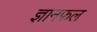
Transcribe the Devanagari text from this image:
ज्ञानफल